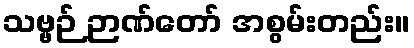
သဗ္ဗဉ် ဉာဏ်တော် အစွမ်းတည်း။